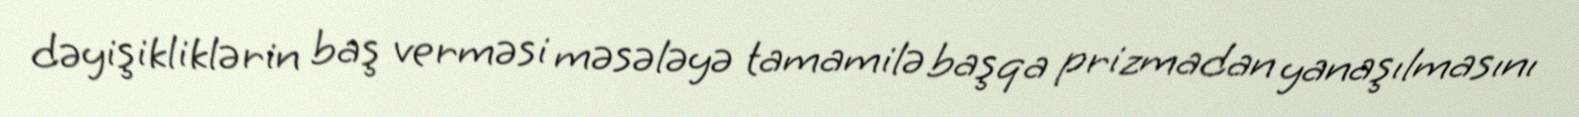
dəyişikliklərin baş verməsi məsələyə tamamilə başqa prizmadan yanaşılmasını